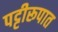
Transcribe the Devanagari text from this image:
पट्टीरूपात